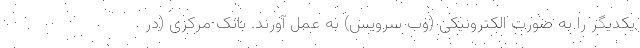
یکدیگر را به صورت الکترونیکی (وب سرویس) به عمل آورند. بانک مرکزی (در